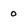
Character: 0